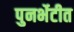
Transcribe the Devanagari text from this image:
पुनर्भेटीत